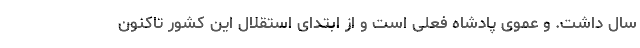
سال داشت. و عموی پادشاه فعلی است و از ابتدای استقلال این کشور تاکنون